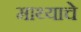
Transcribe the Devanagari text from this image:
माथ्याचे